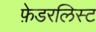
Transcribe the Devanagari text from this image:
फ़ेडरलिस्ट